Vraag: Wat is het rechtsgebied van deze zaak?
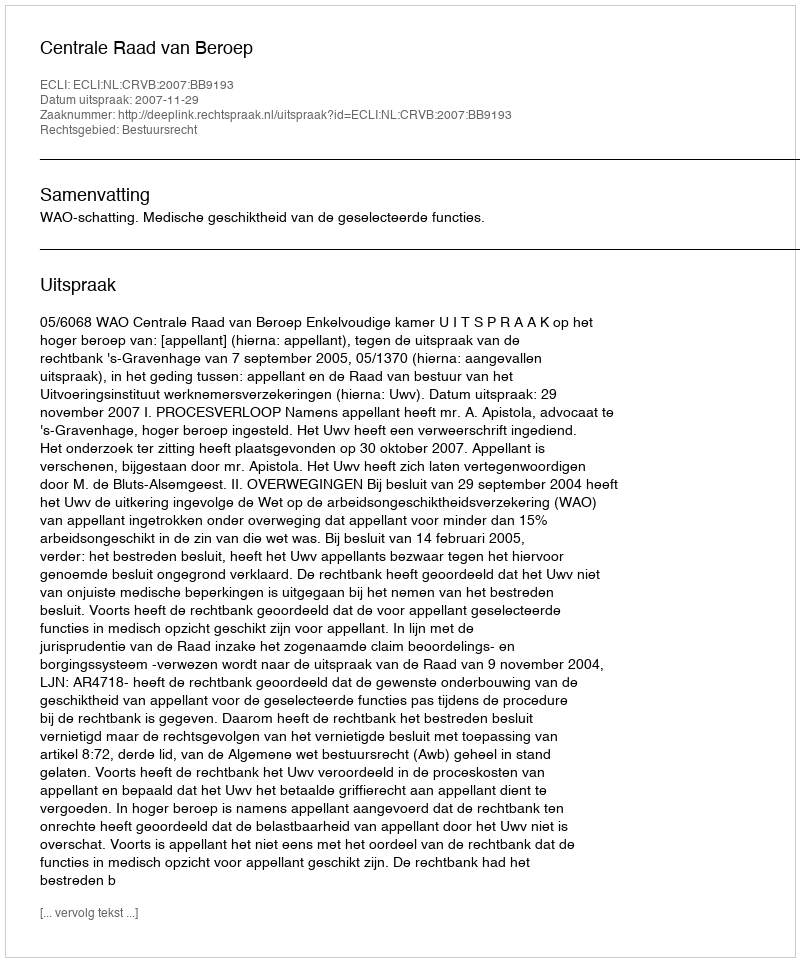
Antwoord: Bestuursrecht